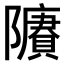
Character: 𨽔